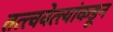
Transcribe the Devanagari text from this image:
तत्त्ववेत्त्यांकडून